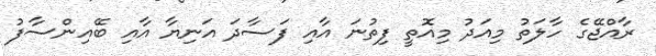
ރާއްޖޭގެ ހާލަތު މިއަދު މިއޮތީ ފިތުނަ އާއި ފަސާދަ އަނިޔާ އާއި ބޭއިންސާފު